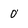
Character: 0